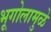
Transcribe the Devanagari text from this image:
भूगोलामुळे